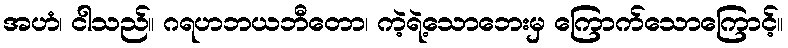
အဟံ၊ ငါသည်။ ဂရဟဘယဘီတော၊ ကဲ့ရဲ့သောဘေးမှ ကြောက်သောကြောင့်။